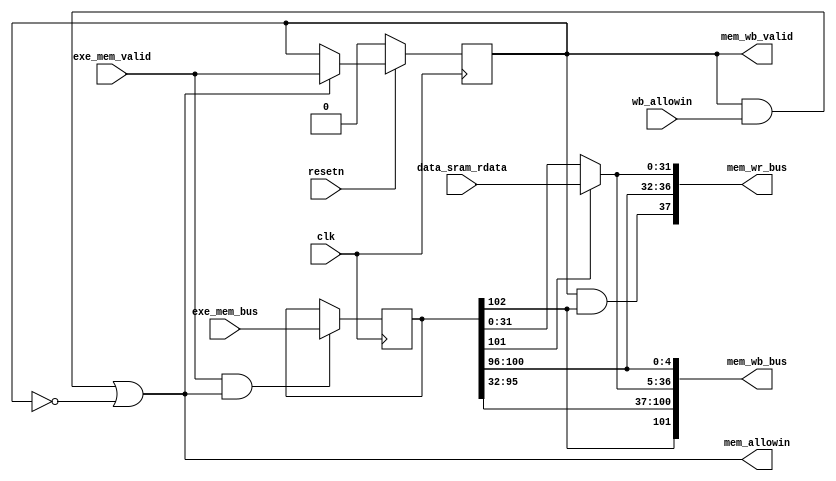
//
module MEM (
    input           clk,
    input           resetn,
    //EXE
    output          mem_allowin,
    input           exe_mem_valid,
    input   [102:0] exe_mem_bus,
    //WB
    output          mem_wb_valid,
    input           wb_allowin,
    output  [101:0] mem_wb_bus,
    //
    input   [ 31:0] data_sram_rdata,
    //
    output  [ 37:0] mem_wr_bus
);
    //
    reg             mem_valid;
    wire            mem_ready_go;
    wire    [ 31:0] mem_pc;
    wire    [ 31:0] mem_inst;
    reg     [102:0] exe_mem_bus_vld;
    wire            mem_gr_we;
    wire            res_from_mem;
    wire    [  4:0] mem_dest;
    wire    [ 31:0] alu_result;
    wire    [ 31:0] mem_final_result;
    wire            mem_en_bypass;

    assign  mem_ready_go = 1'b1;
    assign  mem_wb_valid = mem_ready_go & mem_valid;
    assign  mem_allowin = mem_wb_valid & wb_allowin | ~mem_valid;
    always @(posedge clk ) begin
        if (~resetn) begin
            mem_valid <= 1'b0;
        end
        else if(mem_allowin) begin
            mem_valid <= exe_mem_valid;
        end
    end
    always @(posedge clk ) begin
        if (exe_mem_valid & mem_allowin) begin
            exe_mem_bus_vld <= exe_mem_bus;
        end
    end
    assign {
        mem_gr_we, res_from_mem, mem_dest,
        mem_pc, mem_inst, alu_result
    } = exe_mem_bus_vld;
    assign  mem_final_result = res_from_mem ? data_sram_rdata : alu_result;
    assign  mem_wb_bus = {
        mem_gr_we, mem_pc, mem_inst, mem_final_result, mem_dest
    };
    //
    assign  mem_en_bypass = mem_valid & mem_gr_we;
    assign  mem_wr_bus = {
        mem_en_bypass, mem_dest, mem_final_result
    };
endmodule